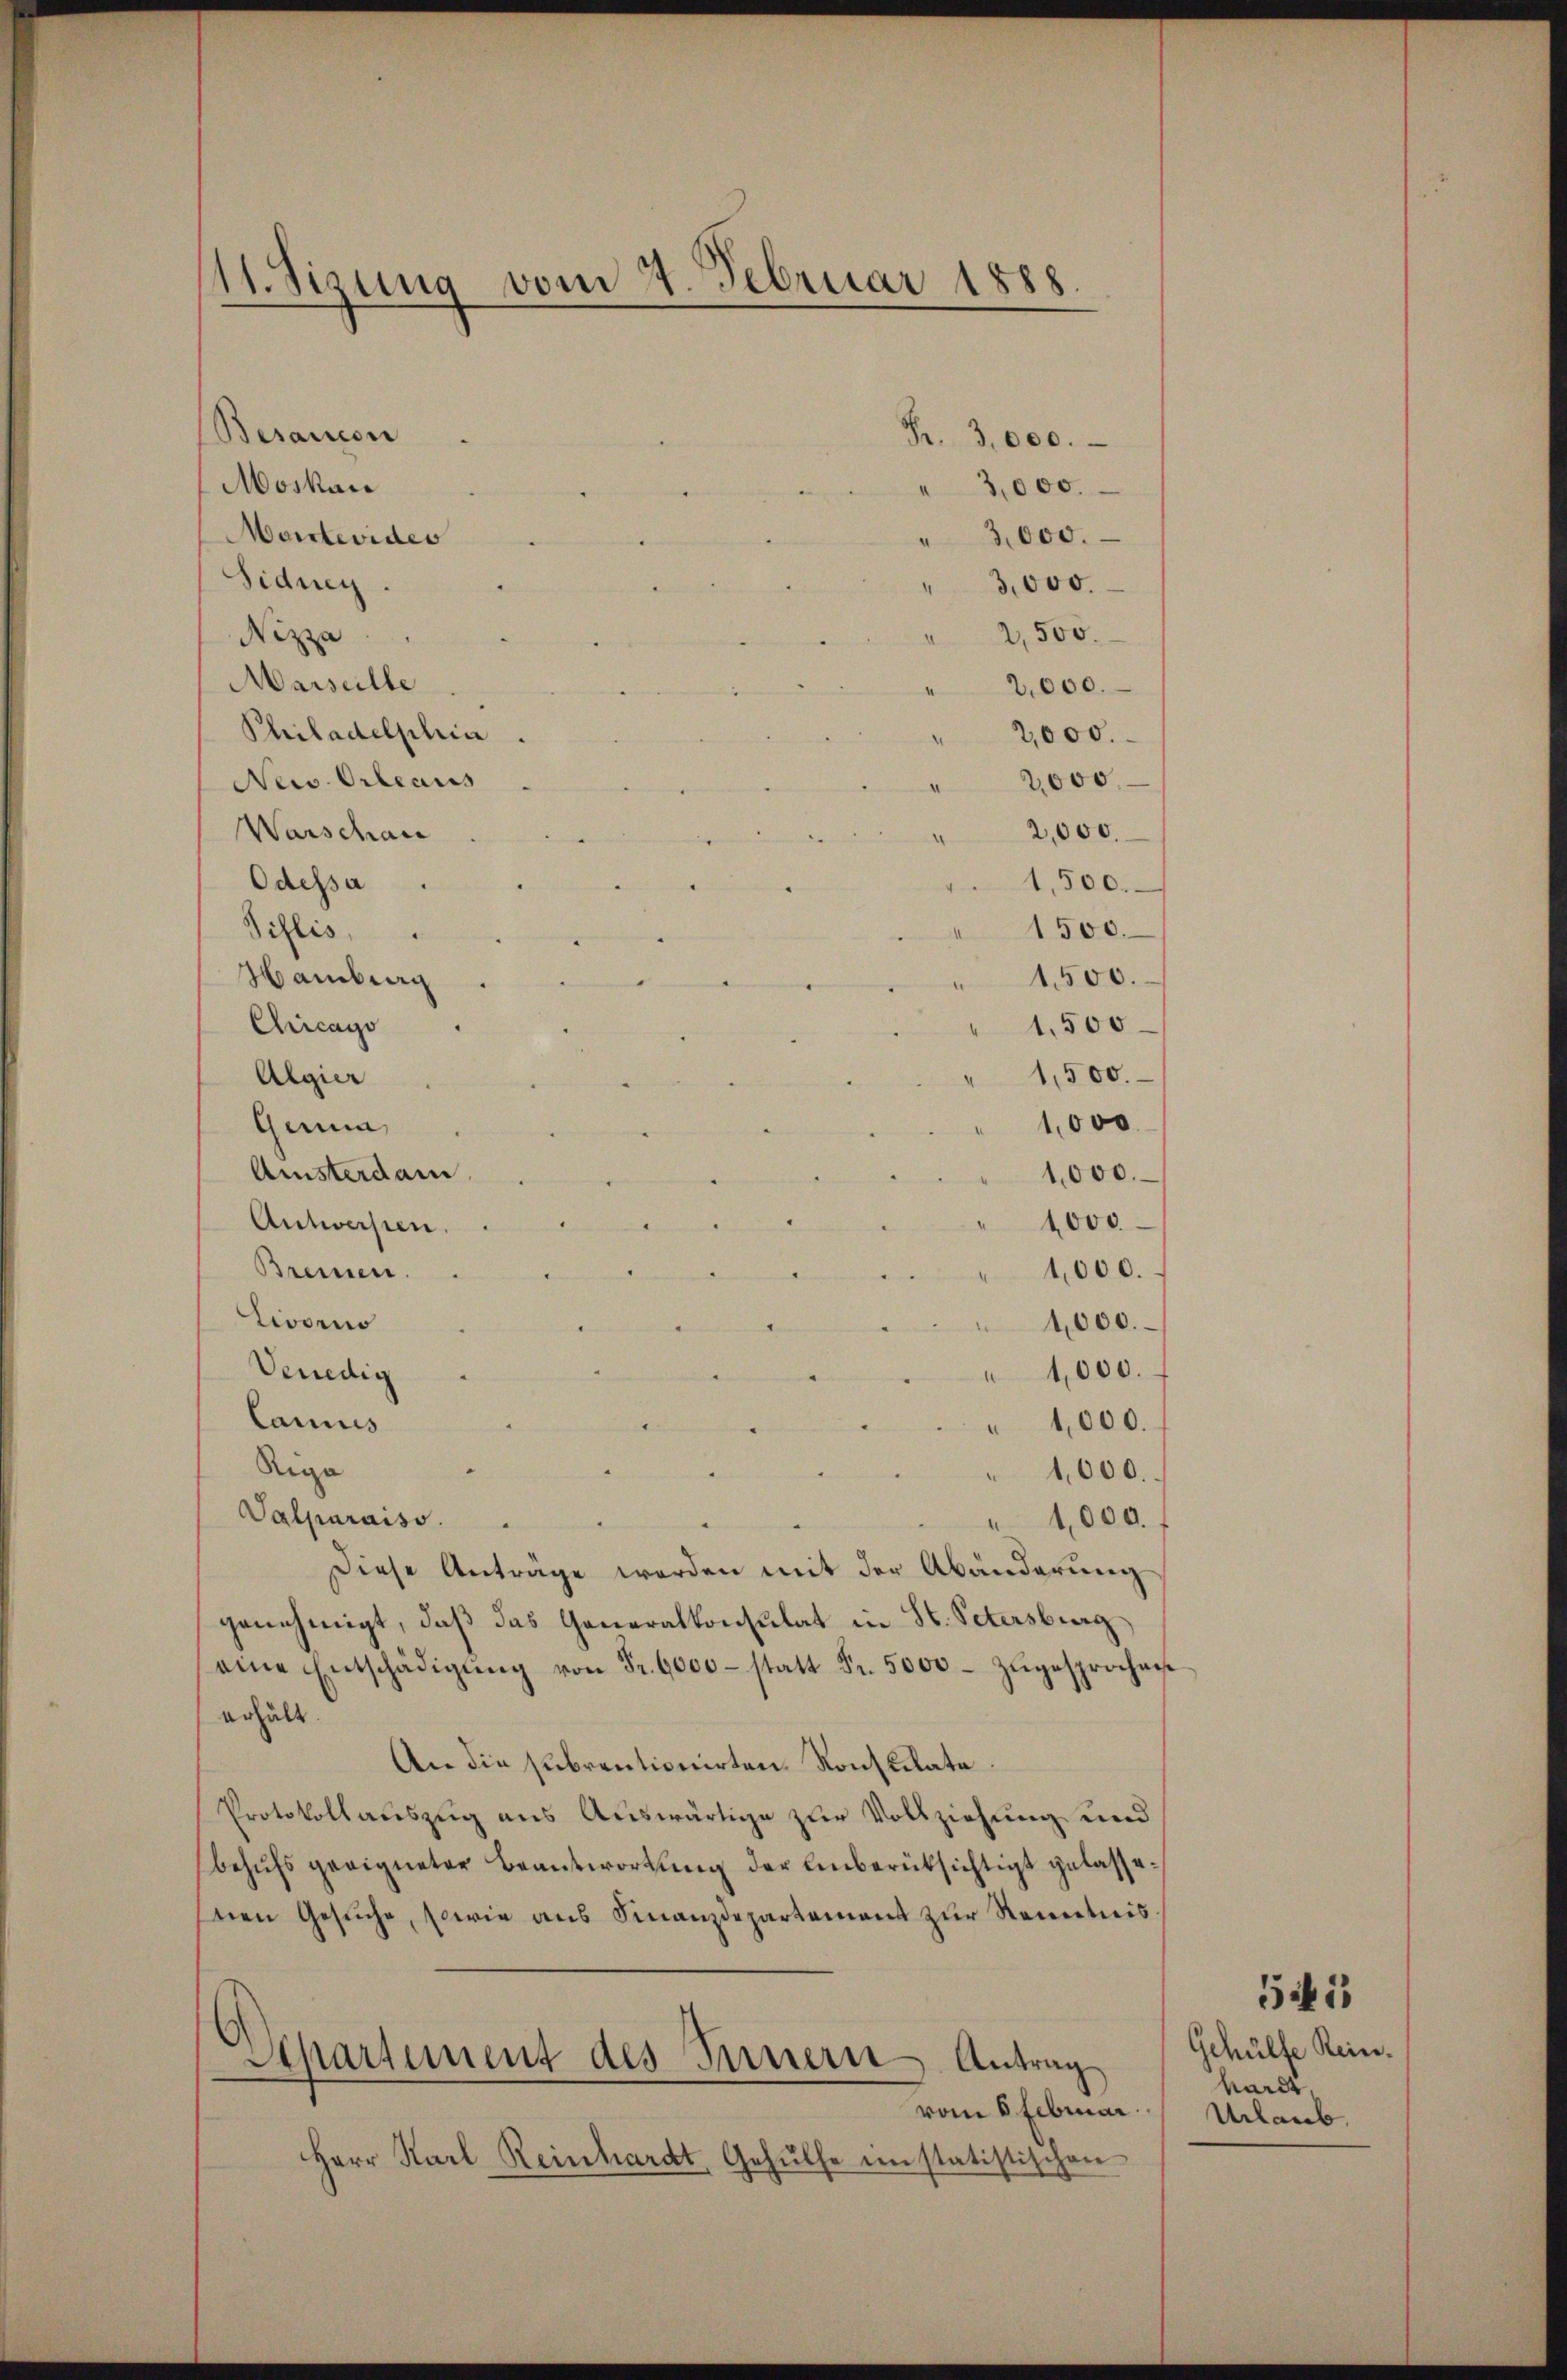
11. Sizung vom 4. Februar 1888.

Besaucon
Moskau
Marrtevides
Sidney
Nizza
Marseille
Philadelphica
New. Orleaus
Warschan
Odessa
Pislis,
Hamburg
Chicago
Algier
Gunia,
Amisterdam
1,000.
1,000.
Antwersten.
Brennen.
1,000.
Livorno
1,000.
Venedig
4,000.
Cannes
1,000.
Rega
1,000.
Valparaiso
1,000.
Diese Antrage werden mit der Abänderung
genehmigt, daß das Generalkonsulat in St. Petersburg
eine Entschädigŭng von Fr. 6000 statt Fr. 5000. zŭgesprochen
erhält.
An die subrentionirten Konsulate
Protokollauszug aus Auswärtige zur Vollziehung und
behŭfs geeigneter Beantwortung der Unberüksichtigt gelasse.
sten Gesŭche, sowie ans Finanzdepartement zur Renntnis
Separtement des Innern Antrag
vom 6 Februar
Herr Karl Reinhardt, Gehülfe instatistischen

Fr. 3,000.
3,000.
" 3,000.
"3,000.
2,500.
2,000.
2,000.
2,000.

2,000.
1,500.
1500.
1,500.
1,500
1,500.

1,000

Gehülfe Rein.
hardt,
Urlaub.

541